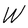
Character: W